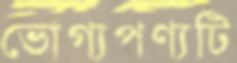
ভোগ্যপণ্যটি